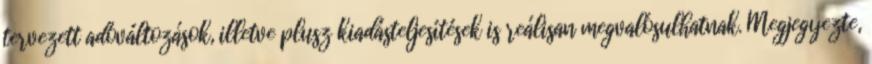
tervezett adóváltozások, illetve plusz kiadásteljesítések is reálisan megvalósulhatnak. Megjegyezte,